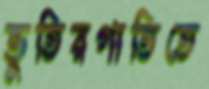
ভুতিরগাতিতে